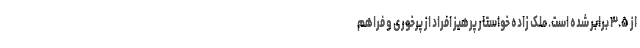
از ۳.۵ برابر شده است. ملک زاده خواستار پرهیز افراد از پرخوری و فراهم